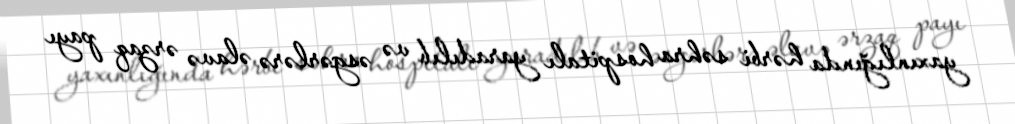
yaxınlığında hərbi səhra hospitalı yaradılıb və əsgərlərə əlavə ərzaq payı